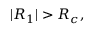
| R _ { 1 } | > R _ { c } ,